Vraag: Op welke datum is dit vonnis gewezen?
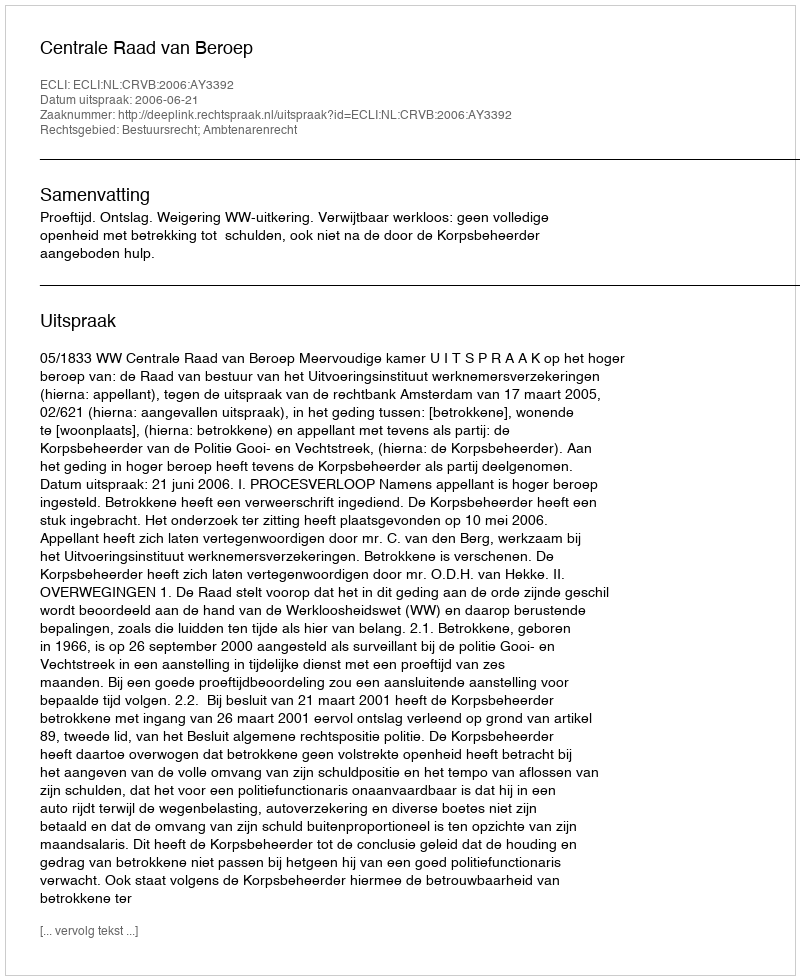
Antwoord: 2006-06-21